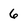
Character: 6